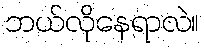
ဘယ်လိုနေရာလဲ။